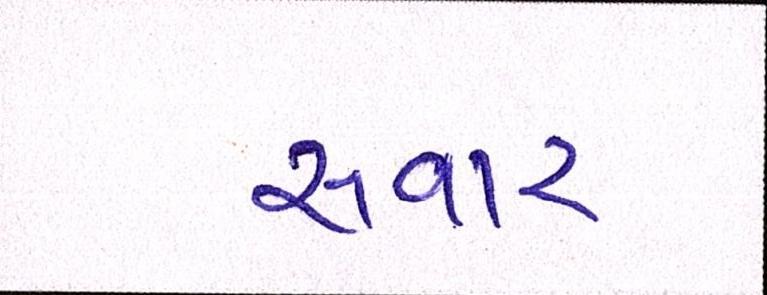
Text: સવાર